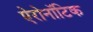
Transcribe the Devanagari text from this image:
ऐरोनॉटिक